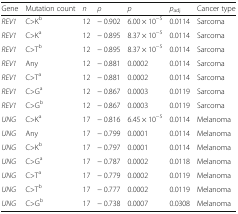
<table><thead><tr><td><b>Gene</b></td><td><b>Mutation count</b></td><td><b><i>n</i></b></td><td><b><i>ρ</i></b></td><td><b><i>p</i></b></td><td><b><i>p</i><sub>adj</sub></b></td><td><b>Cancer type</b></td></tr></thead><tbody><tr><td><i>REV1</i></td><td>C&gt;K<sup>b</sup></td><td>12</td><td>− 0.902</td><td>6.00 × 10<sup>−5</sup></td><td>0.0114</td><td>Sarcoma</td></tr><tr><td><i>REV1</i></td><td>C&gt;K<sup>a</sup></td><td>12</td><td>− 0.895</td><td>8.37 × 10<sup>−5</sup></td><td>0.0114</td><td>Sarcoma</td></tr><tr><td><i>REV1</i></td><td>C&gt;T<sup>b</sup></td><td>12</td><td>− 0.895</td><td>8.37 × 10<sup>−5</sup></td><td>0.0114</td><td>Sarcoma</td></tr><tr><td><i>REV1</i></td><td>Any</td><td>12</td><td>− 0.881</td><td>0.0002</td><td>0.0114</td><td>Sarcoma</td></tr><tr><td><i>REV1</i></td><td>C&gt;T<sup>a</sup></td><td>12</td><td>− 0.881</td><td>0.0002</td><td>0.0114</td><td>Sarcoma</td></tr><tr><td><i>REV1</i></td><td>C&gt;G<sup>a</sup></td><td>12</td><td>− 0.867</td><td>0.0003</td><td>0.0119</td><td>Sarcoma</td></tr><tr><td><i>REV1</i></td><td>C&gt;G<sup>b</sup></td><td>12</td><td>− 0.867</td><td>0.0003</td><td>0.0119</td><td>Sarcoma</td></tr><tr><td><i>UNG</i></td><td>C&gt;K<sup>a</sup></td><td>17</td><td>− 0.816</td><td>6.45 × 10<sup>−5</sup></td><td>0.0114</td><td>Melanoma</td></tr><tr><td><i>UNG</i></td><td>Any</td><td>17</td><td>− 0.799</td><td>0.0001</td><td>0.0114</td><td>Melanoma</td></tr><tr><td><i>UNG</i></td><td>C&gt;K<sup>b</sup></td><td>17</td><td>− 0.797</td><td>0.0001</td><td>0.0114</td><td>Melanoma</td></tr><tr><td><i>UNG</i></td><td>C&gt;G<sup>a</sup></td><td>17</td><td>− 0.787</td><td>0.0002</td><td>0.0118</td><td>Melanoma</td></tr><tr><td><i>UNG</i></td><td>C&gt;T<sup>a</sup></td><td>17</td><td>− 0.779</td><td>0.0002</td><td>0.0119</td><td>Melanoma</td></tr><tr><td><i>UNG</i></td><td>C&gt;T<sup>b</sup></td><td>17</td><td>− 0.777</td><td>0.0002</td><td>0.0119</td><td>Melanoma</td></tr><tr><td><i>UNG</i></td><td>C&gt;G<sup>b</sup></td><td>17</td><td>− 0.738</td><td>0.0007</td><td>0.0308</td><td>Melanoma</td></tr></tbody></table>